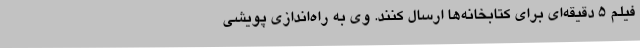
فیلم 5 دقیقه‌ای برای کتابخانه‌ها ارسال کنند. وی به راه‌اندازی پویشی